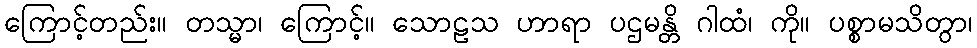
ကြောင့်တည်း။ တသ္မာ၊ ကြောင့်။ သောဠသ ဟာရာ ပဌမန္တိ ဂါထံ၊ ကို။ ပစ္စာမသိတွာ၊